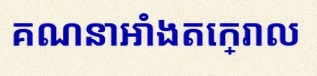
គណនាអាំងតេក្រាល